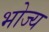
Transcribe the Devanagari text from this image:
भोज्‍य